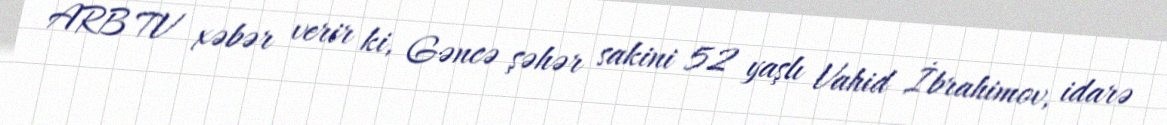
ARB TV xəbər verir ki, Gəncə şəhər sakini 52 yaşlı Vahid İbrahimov, idarə